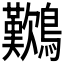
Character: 𪇽